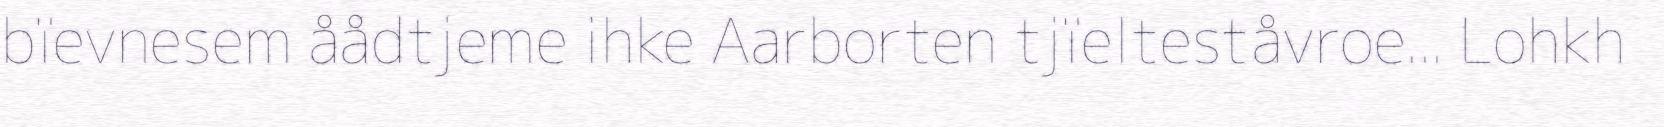
bïevnesem åådtjeme ihke Aarborten tjïelteståvroe... Lohkh